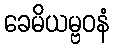
ခေမိယမ္ဗဝနံ